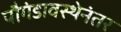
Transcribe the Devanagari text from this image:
पौगंडावस्थेनंतर